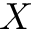
X